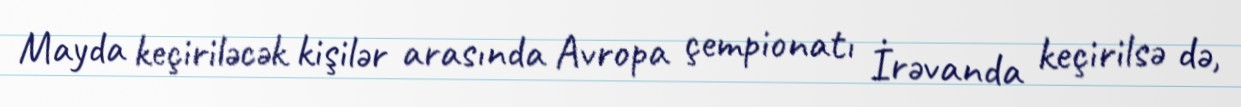
Mayda keçiriləcək kişilər arasında Avropa çempionatı İrəvanda keçirilsə də,